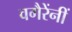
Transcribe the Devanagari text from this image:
वगैरेंनीं